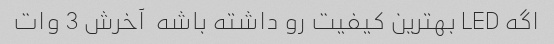
اگه LED بهترین کیفیت رو داشته باشه  آخرش 3 وات